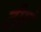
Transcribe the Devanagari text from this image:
टीएं